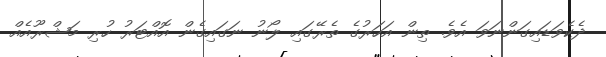
ދެކެވަޑައިގަންނަވަ އެވެ. ތިން އަހަރުގެ ތެރޭގައި ލޯނު ނަގައިގެން އޮއްޓަރު ހުރި މަޝްރޫއެއް